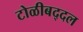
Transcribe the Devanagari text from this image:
टोळीबद्दल